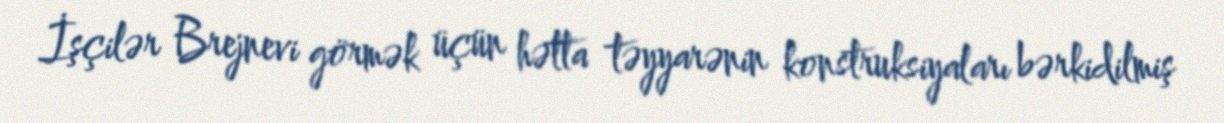
İşçilər Brejnevi görmək üçün hətta təyyarənin konstruksiyaları bərkidilmiş